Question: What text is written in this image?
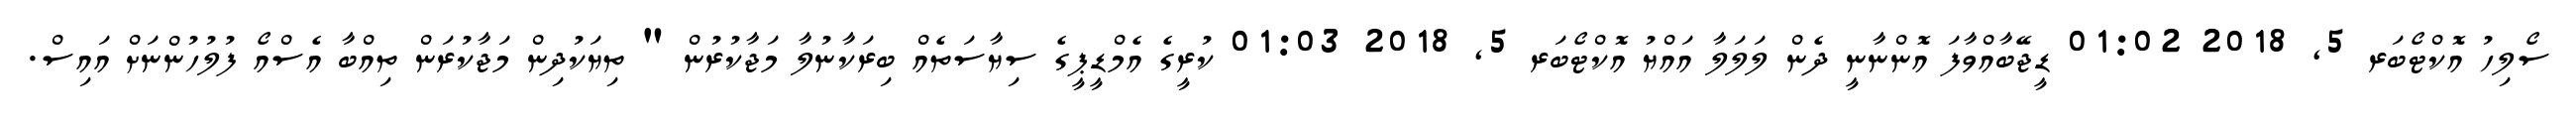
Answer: ސޯލިހު އޮކްޓޯބަރ 5, 2018 01:02 ޑީޖޭބާއްވާފަ އޮންނާނީ ދެން ލަލަލާ އައްޔު އޮކްޓޯބަރ 5, 2018 01:03 ކުރީގެ އެމްޑީޕީގެ ސިޔާސަތެއް ބިރަކާނުލާ މަޖާކުރުން " ތިޔަކުދިން މަޖާކުރަން ތިއްބާ އެސްއޯ ފުލުހުންނަށް އައިސް.